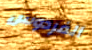
الفردوس